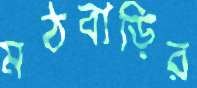
মঠবাড়ির